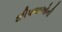
છીપલાઓની